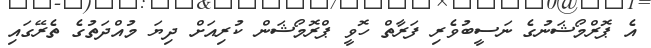
އެ ޕޮރްމޯޝަނުގެ ނަސީބުވެރި ފަރާތް ހޮވީ ޕްރޮމޯޝަން ކުރިއަށް ދިޔަ މުއްދަތުގެ ތެރޭގައި